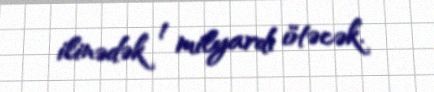
ilinədək 1 milyardı ötəcək.